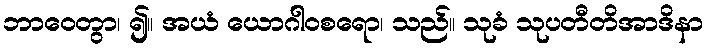
ဘာဝေတွာ၊ ၍။ အယံ ယောဂါဝစရော၊ သည်။ သုခံ သုပတီတိအာဒိနာ